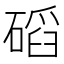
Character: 𥔿